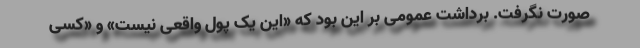
صورت نگرفت. برداشت عمومی بر این بود که «این یک پول واقعی نیست» و «کسی